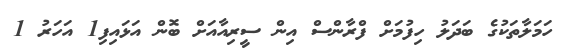
ހަމަލާތަކުގެ ބަދަލު ހިފުމަށް ފްރާންސް އިން ސީރިއާއަށް ބޮން އަޅައިފި1 އަހަރު 1